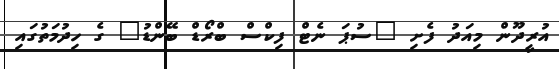
އުރީދޫން މިއަދު ފެށި "ސުޕަ ނެޓް ފިކްސް ބްރޯޑް ބޭންޑު" ގެ ހިދުމަތުގައި